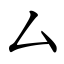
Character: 厶